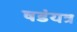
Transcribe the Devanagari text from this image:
षडंयत्र